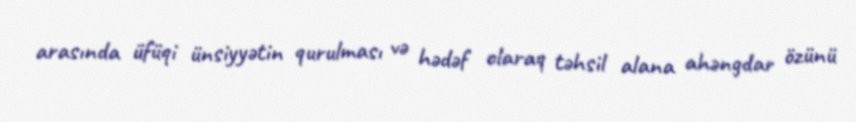
arasında üfüqi ünsiyyətin qurulması və hədəf olaraq təhsil alana ahəngdar özünü